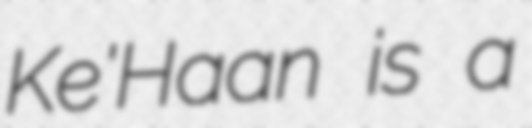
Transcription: Ke'Haan is a